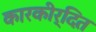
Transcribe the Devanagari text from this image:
कारकीर्दित